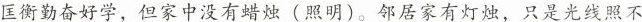
匡衡勤奋好学，但家中没有蜡烛(照明)。邻居家有灯烛，只是光线照不